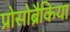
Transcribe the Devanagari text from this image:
प्रोसोब्रैकिया